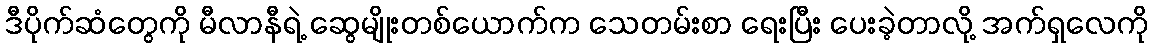
ဒီပိုက်ဆံတွေကို မီလာနီရဲ့ ဆွေမျိုးတစ်ယောက်က သေတမ်းစာ ရေးပြီး ပေးခဲ့တာလို့ အက်ရှလေကို